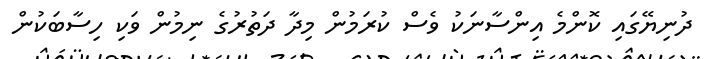
ދުނިޔޭގައި ކޮންމެ އިންސާނަކު ވެސް ކުރަމުން މިދާ ދަތުރުގެ ނިމުން ވަކި ހިސާބަކުން